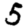
Digit: 5